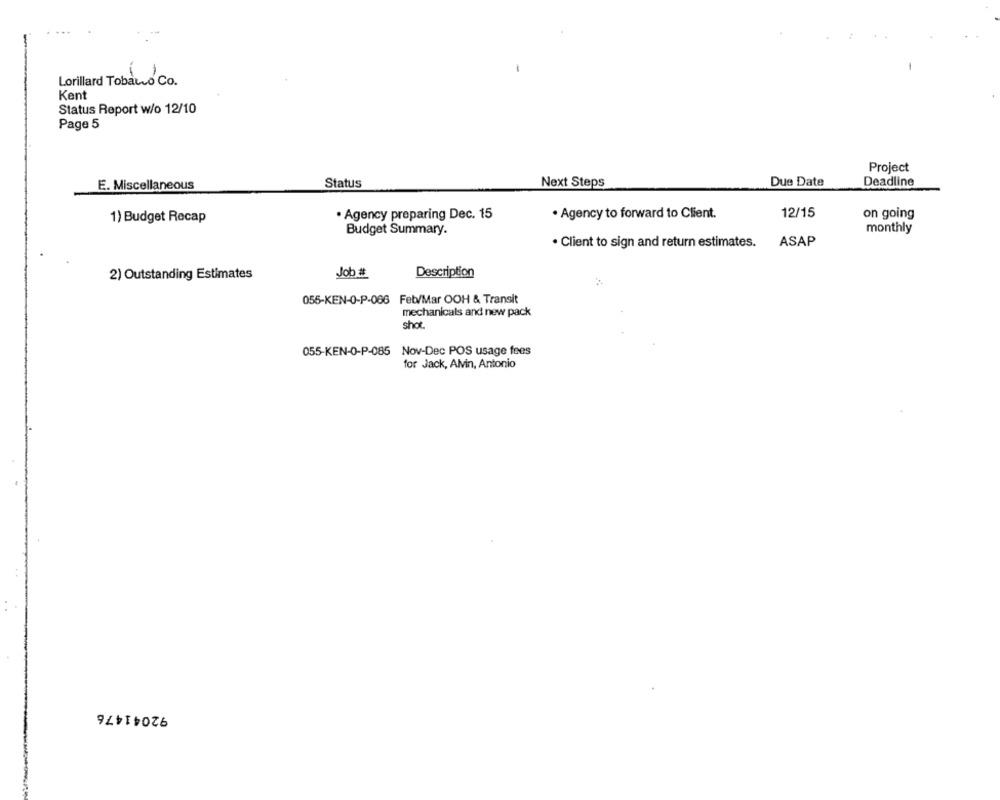
Lorillard Tobauvo Co.
Kent
Status Report w/o 12/10
Page 5
Project
Status
Next Steps
Due Date
Deadline
E. Miscellaneous
Agency preparing Dec. 15
· Agency to forward to Client.
12/15
on going
1) Budget Recap
Budget Summary.
monthly
· Client to sign and return estimates.
ASAP
2) Outstanding Estimates
Job #
Description
055-KEN-0-P-066 Feb/Mar OOH & Transit
mechanicals and new pack
shot.
055-KEN-0-P-085 Nov-Dec POS usage fees
for Jack, Alvin, Antonio
92041476